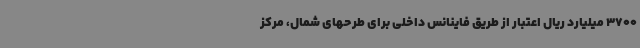
3700 میلیارد ریال اعتبار از طریق فاینانس داخلی برای طرحهای شمال، مرکز